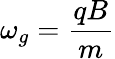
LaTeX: \omega_{g}={\frac{qB}{m}}